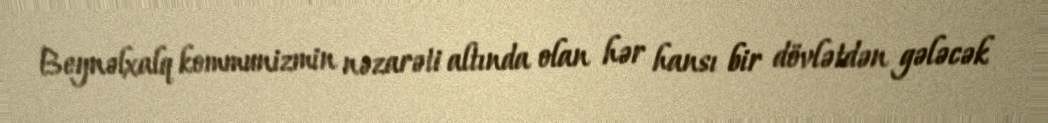
Beynəlxalq kommunizmin nəzarəti altında olan hər hansı bir dövlətdən gələcək